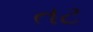
તટ